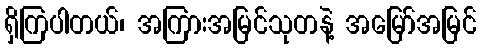
ရှိကြပါတယ်၊ အကြားအမြင်သုတနဲ့ အမြော်အမြင်